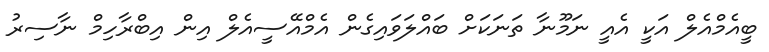
ބީއެމްއެލް އަކީ އެއީ ނަމޫނާ ތަނަކަށް ބައްލަވައިގެން އެމްއޭސީއެލް އިން އިބްރާހިމް ނާސިރު